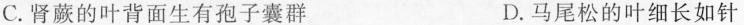
C.肾蕨的叶背面生有孢子囊群 D.马尾松的叶细长如针